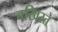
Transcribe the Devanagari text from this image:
बखिरते